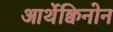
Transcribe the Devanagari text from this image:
आर्थेक्विनोन